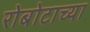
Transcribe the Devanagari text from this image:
रोबोटाच्या